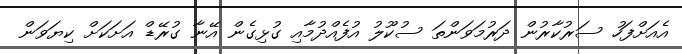
އެއަށްފަހު ސަރުކާރުން ދަރުމަވަންތަ ސުކޫލު އުފެއްދުމާއި ގުޅިގެން އޭނާ ގުރޭޑް އަށަކަށް ކިޔަވަން